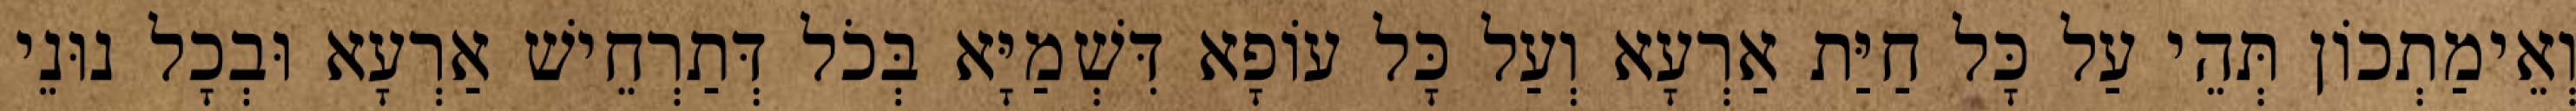
וְאֵימַתְכוֹן תְּהֵי עַל כָּל חַיַּת אַרְעָא וְעַל כָּל עוֹפָא דִּשְׁמַיָּא בְּכֹל דְּתַרְחֵישׁ אַרְעָא וּבְכָל נוּנֵי